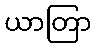
ယာတြာ